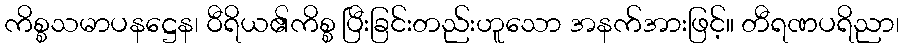
ကိစ္စသမာပနဋ္ဌေန၊ ဝီရိယ၏ကိစ္စ ပြီးခြင်းတည်းဟူသော အနက်အားဖြင့်။ တီရဏပရိညာ၊